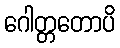
ဂေါတ္တတောပိ